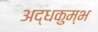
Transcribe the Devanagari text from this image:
अद्धकुम्भ